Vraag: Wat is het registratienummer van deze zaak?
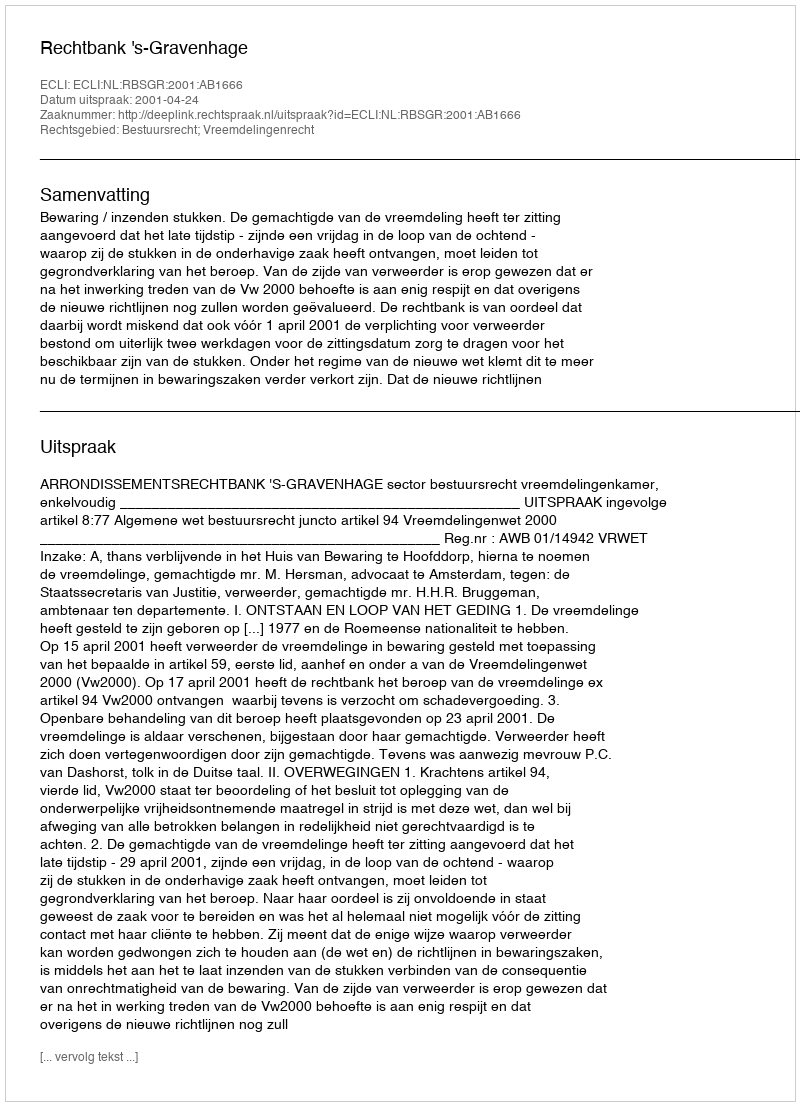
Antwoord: http://deeplink.rechtspraak.nl/uitspraak?id=ECLI:NL:RBSGR:2001:AB1666